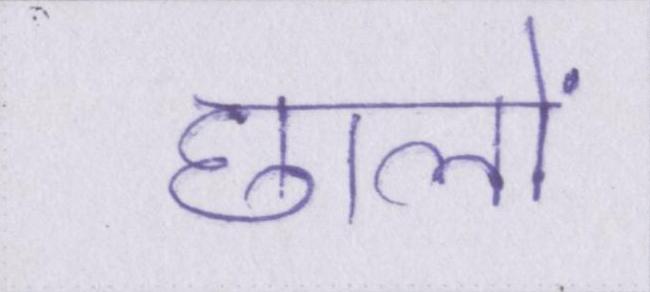
छालों